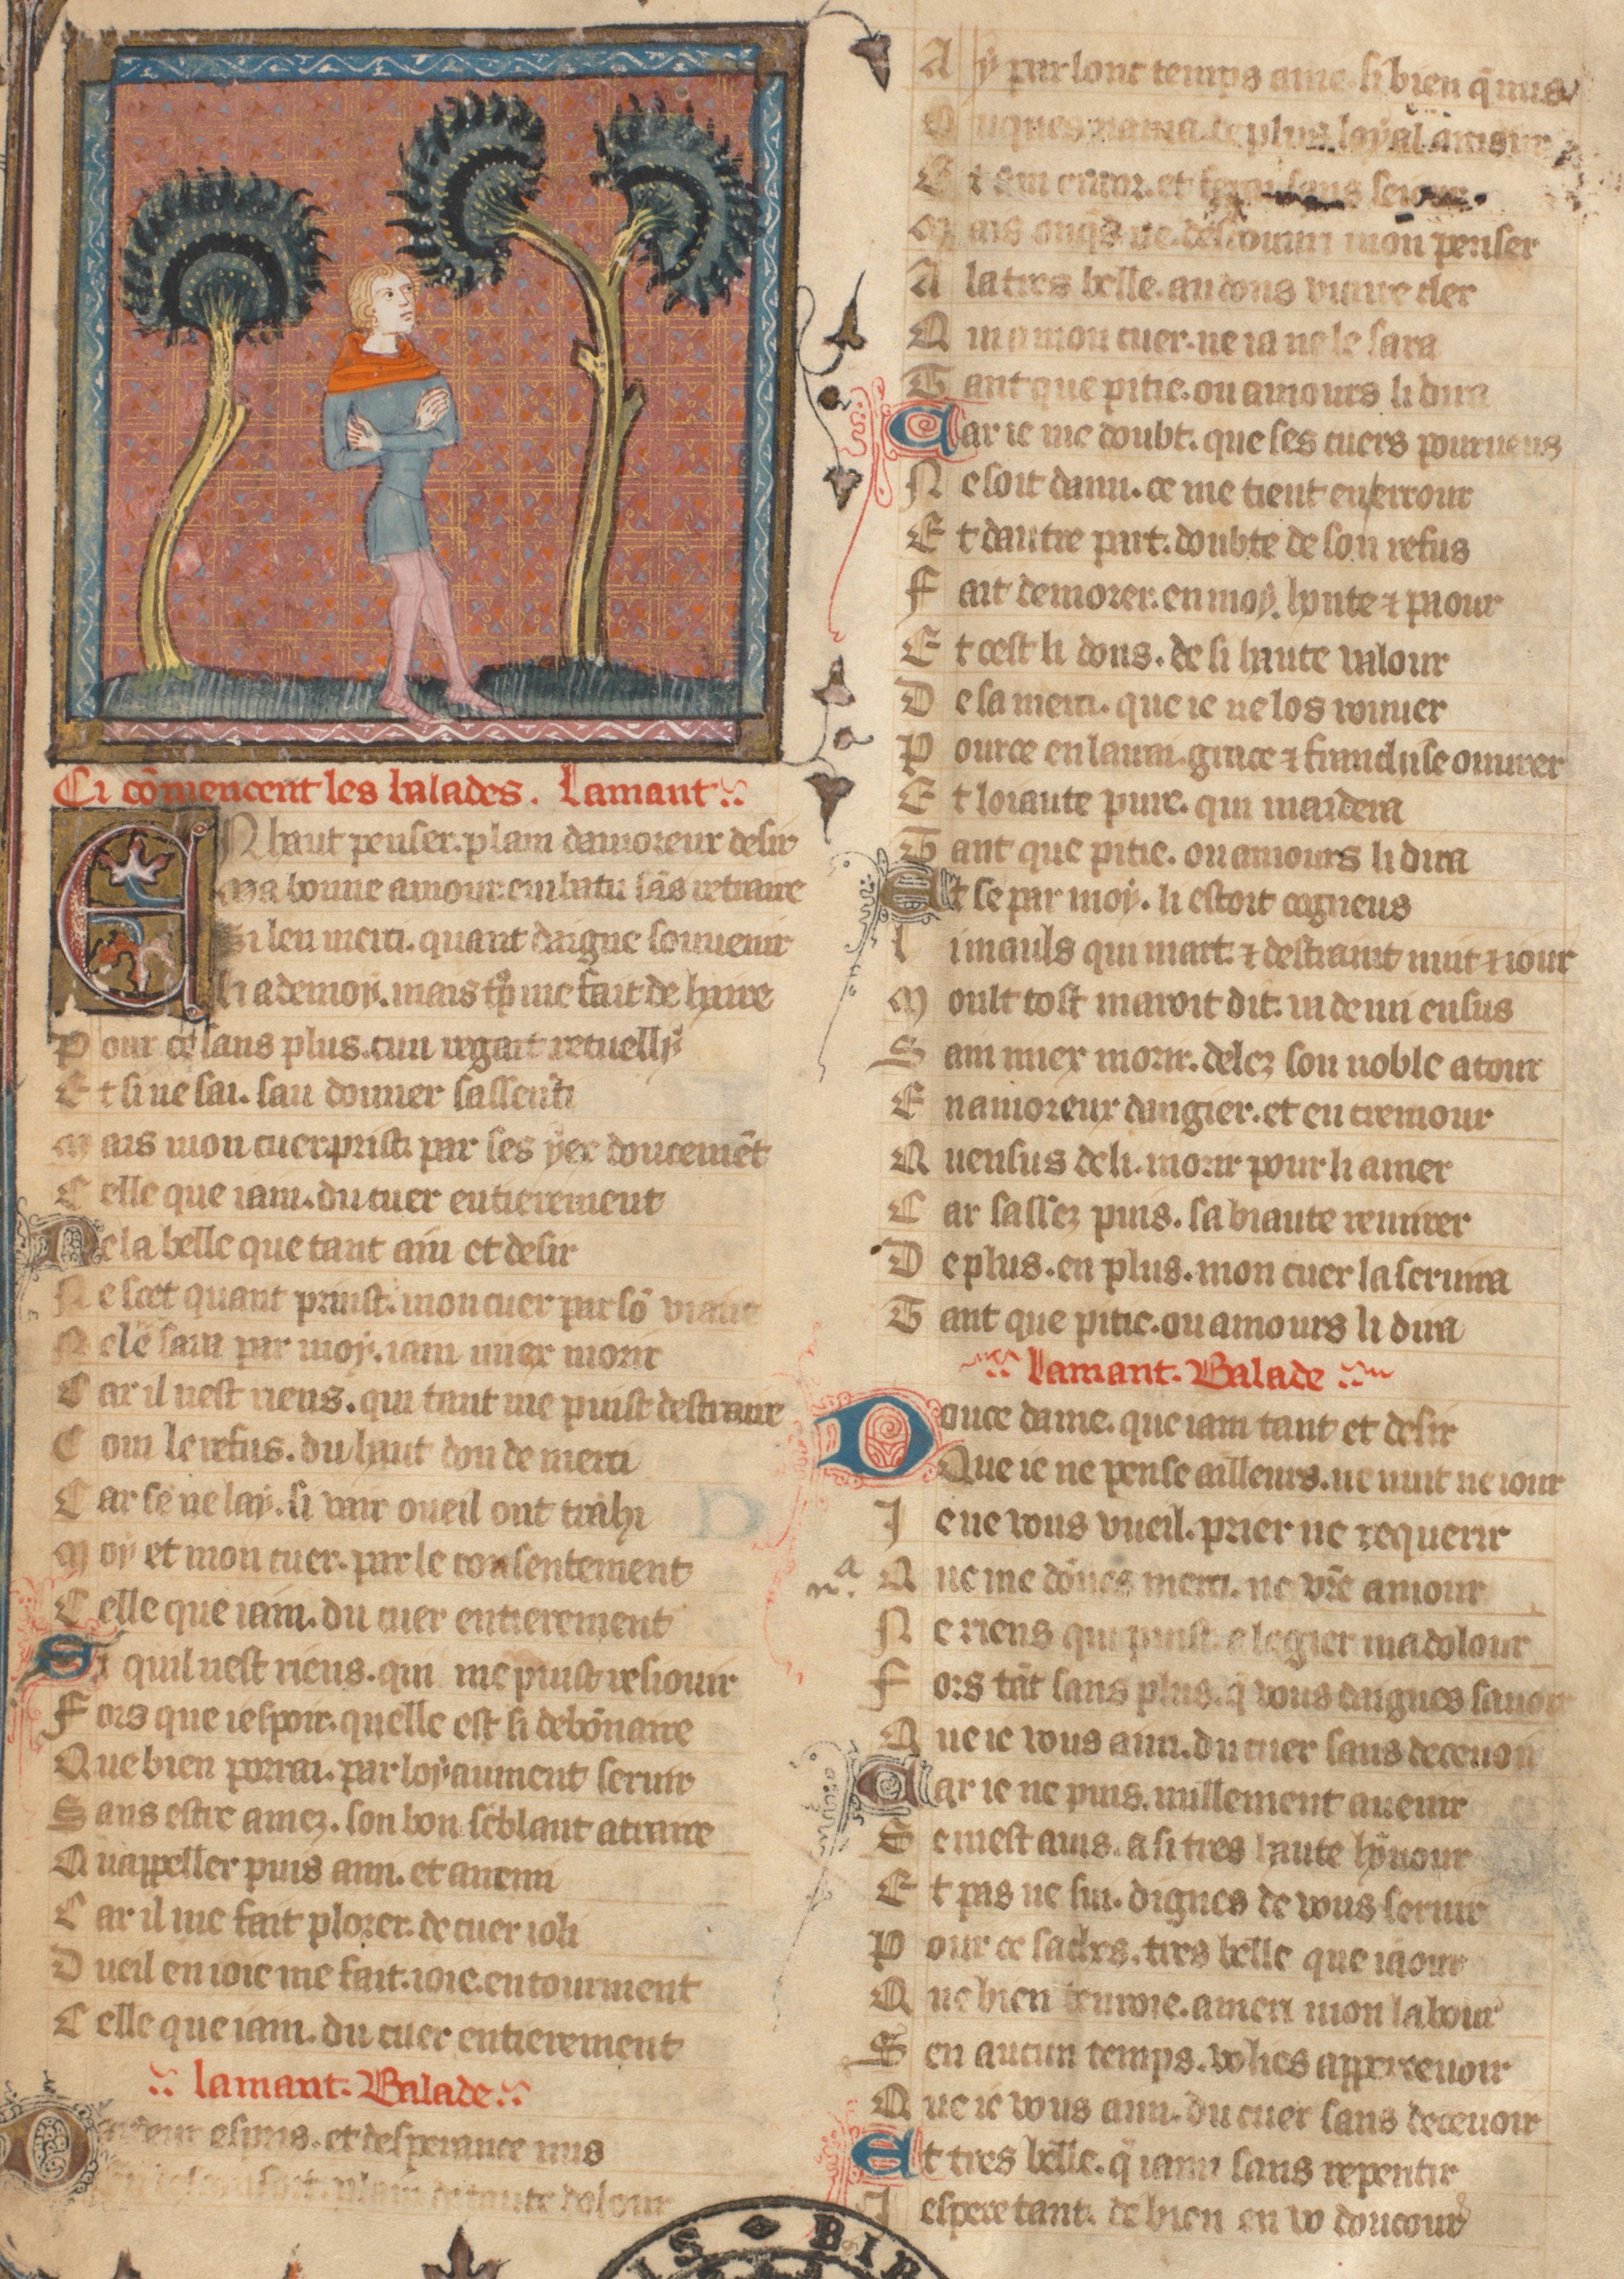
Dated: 1371–1371